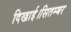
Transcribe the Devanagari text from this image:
दिखाई।सितम्बर